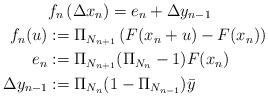
LaTeX: \begin{align*}& f_{n}\left( \Delta x_{n}\right) =e_{n}+\Delta y_{n-1}\\f_{n}(u) & :=\Pi_{N_{n+1}}\left( F(x_{n}+u)-F(x_{n})\right) \\e_{n} & :=\Pi_{N_{n+1}}(\Pi_{N_{n}}-1)F(x_{n})\\\Delta y_{n-1} & :=\Pi_{N_{n}}(1-\Pi_{N_{n-1}})\bar{y} \end{align*}